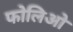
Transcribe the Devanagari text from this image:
फोलिओ